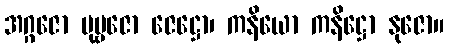
အဂ္ဂဇော ပုဗ္ဗဇော ဇေဋ္ဌော၊ ကနိယော ကနိဋ္ဌော နုဇော။